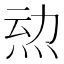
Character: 𱪿